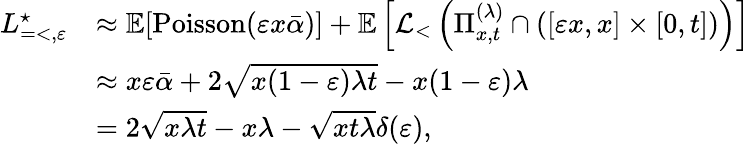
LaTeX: \begin{array}{rl}{L_{=<,\varepsilon}^{\star}}&{\approx\mathbb{E}[\mathrm{Poisson}(\varepsilon x\bar{\alpha})]+\mathbb{E}\left[\mathcal{L}_{<}\left(\Pi_{x,t}^{(\lambda)}\cap\left([\varepsilon x,x]\times[0,t]\right)\right)\right]}\\ &{\approx x\varepsilon\bar{\alpha}+2\sqrt{x(1-\varepsilon)\lambda t}-x(1-\varepsilon)\lambda}\\ &{=2\sqrt{x\lambda t}-x\lambda-\sqrt{xt\lambda}\delta(\varepsilon),}\end{array}